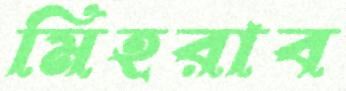
মিহরাব